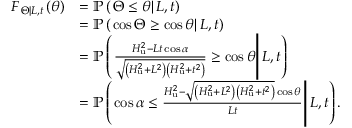
\begin{array} { r l } { F _ { \left. \Theta \right| L , t } \left( \theta \right) } & { = \mathbb { P } \left( \left. \Theta \le \theta \right| L , t \right) } \\ & { = \mathbb { P } \left( \left. \cos \Theta \ge \cos \theta \right| L , t \right) } \\ & { = \mathbb { P } \left( \left. \frac { H _ { \mathrm { u } } ^ { 2 } - L t \cos \alpha } { \sqrt { \left( H _ { \mathrm { u } } ^ { 2 } + L ^ { 2 } \right) \left( H _ { \mathrm { u } } ^ { 2 } + t ^ { 2 } \right) } } \ge \cos \theta \right| L , t \right) } \\ & { = \mathbb { P } \left( \left. \cos \alpha \le \frac { H _ { \mathrm { u } } ^ { 2 } - \sqrt { \left( H _ { \mathrm { u } } ^ { 2 } + L ^ { 2 } \right) \left( H _ { \mathrm { u } } ^ { 2 } + t ^ { 2 } \right) } \cos \theta } { L t } \right| L , t \right) . } \end{array}